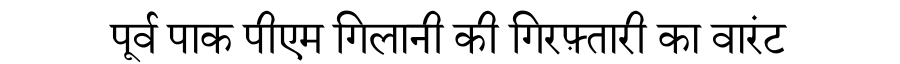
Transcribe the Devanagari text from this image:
पूर्व पाक पीएम गिलानी की गिरफ़्तारी का वारंट